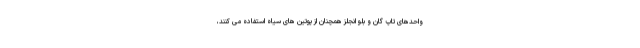
واحدهای تاپ گان و بلو انجلز همچنان از پوتین های سیاه استفاده می کنند،